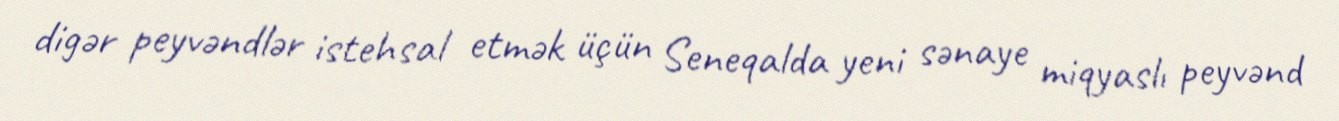
digər peyvəndlər istehsal etmək üçün Seneqalda yeni sənaye miqyaslı peyvənd